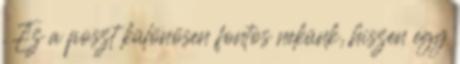
. Ez a poszt különösen fontos nekünk, hiszen egy